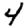
Digit: 4